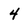
Character: 4